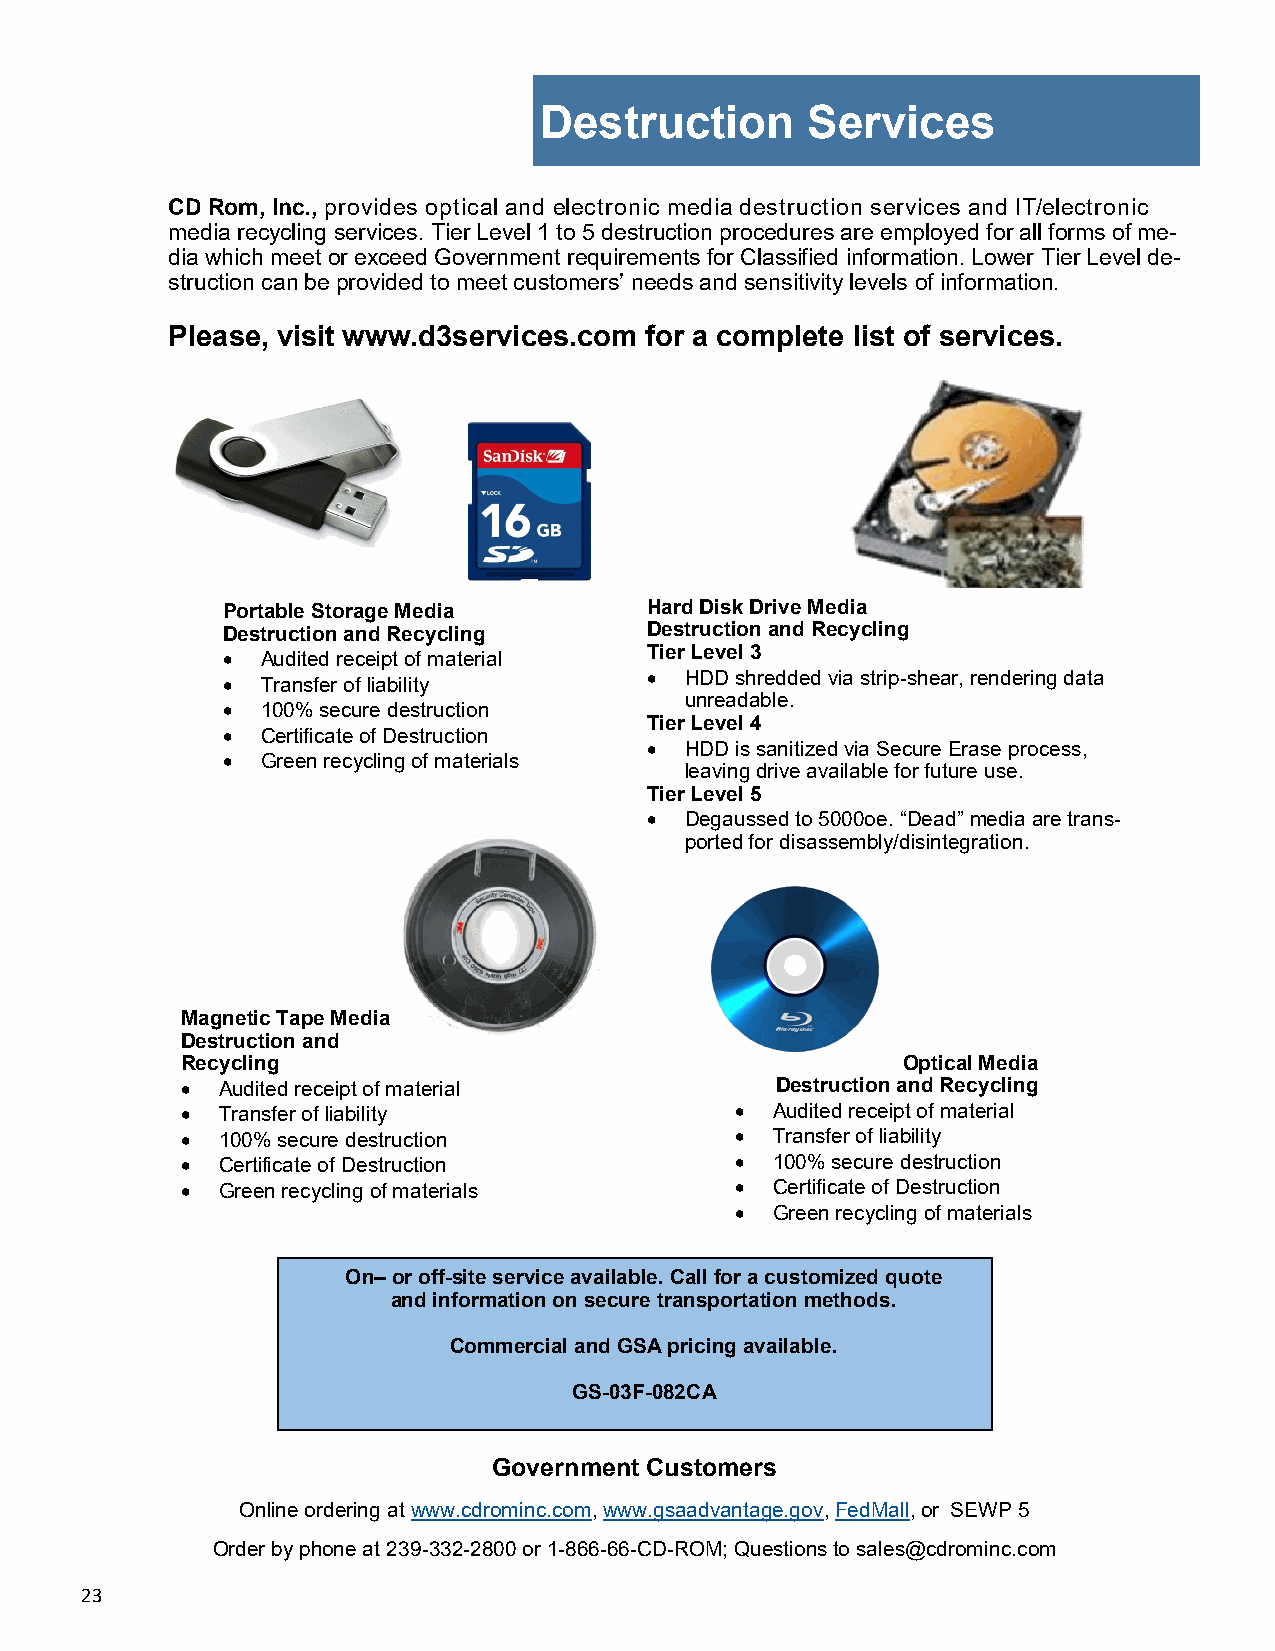
Destruction      Services
 CD Rom, Inc., provides optical and electronic media destruction services and IT/electronic
 media recycling services. Tier Level 1 to 5 destruction procedures are employed for all forms of me-
 dia which meet or exceed Government requirements for Classified information. Lower Tier Level de-
 struction can be provided to meet customers’ needs and sensitivity levels of information.
 Please, visit www.d3services.com for a complete list of services.
 Portable Storage Media      Hard Disk Drive Media
 Destruction and Recycling   Destruction and Recycling
 Tier Level 3
  Audited receipt of material
  HDD shredded via strip-shear, rendering data
  Transfer of liability
 unreadable.
  100% secure destruction
 Tier Level 4
  Certificate of Destruction
  HDD is sanitized via Secure Erase process,
  Green recycling of materials
 leaving drive available for future use.
 Tier Level 5
  Degaussed to 5000oe. “Dead” media are trans-
 ported for disassembly/disintegration.
 Magnetic Tape Media
 Destruction and
 Recycling                                       Optical Media
  Audited receipt of material          Destruction and Recycling
  Transfer of liability               Audited receipt of material
  100% secure destruction             Transfer of liability
  Certificate of Destruction          100% secure destruction
  Green recycling of materials        Certificate of Destruction
  Green recycling of materials
 On– or off-site service available. Call for a customized quote
 and information on secure transportation methods.
 Commercial and GSA pricing available.
 GS-03F-082CA
 Government Customers
 Online ordering at www.cdrominc.com, www.gsaadvantage.gov, FedMall, or SEWP 5
 Order by phone at 239-332-2800 or 1-866-66-CD-ROM; Questions to sales@cdrominc.com
 23